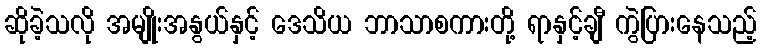
ဆိုခဲ့သလို အမျိုးအနွယ်နှင့် ဒေသိယ ဘာသာစကားတို့ ရာနှင့်ချီ ကွဲပြားနေသည့်